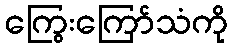
ကြွေးကြော်သံကို